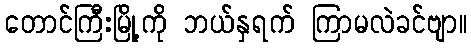
တောင်ကြီးမြို့ကို ဘယ်နှရက် ကြာမလဲခင်ဗျာ။